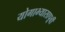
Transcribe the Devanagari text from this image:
योगाभ्यासापूर्वी